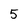
Character: 5